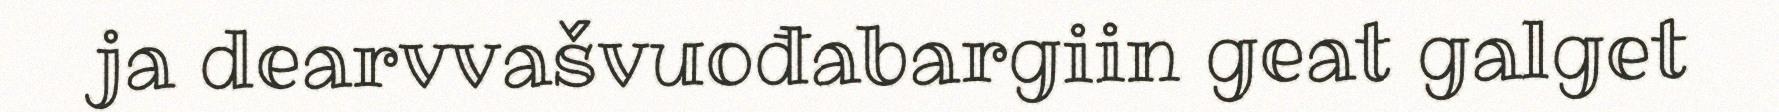
ja dearvvašvuođabargiin geat galget